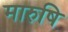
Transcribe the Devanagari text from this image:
मारुषि